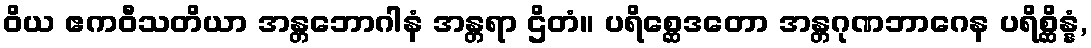
ဝိယ ဧကဝီသတိယာ အန္တဘောဂါနံ အန္တရာ ဌိတံ။ ပရိစ္ဆေဒတော အန္တဂုဏဘာဂေန ပရိစ္ဆိန္နံ,